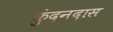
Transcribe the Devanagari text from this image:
कुंदनदास